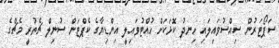
ސަޕޯޓަރުން ސިއްސުވައިލައި ހިނދު ކޮޅަކަށް ހުއްޓުވައިލީ އިންޑިޔާގެ ކެޕްޓަން ސުނިލް ޗެތުރީ މެޗްގެ